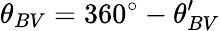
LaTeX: \theta_{BV}=360^{\circ}-\theta_{BV}^{\prime}